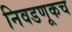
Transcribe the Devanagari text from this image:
निवडणूकच